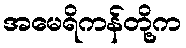
အမေရိကန်တို့က